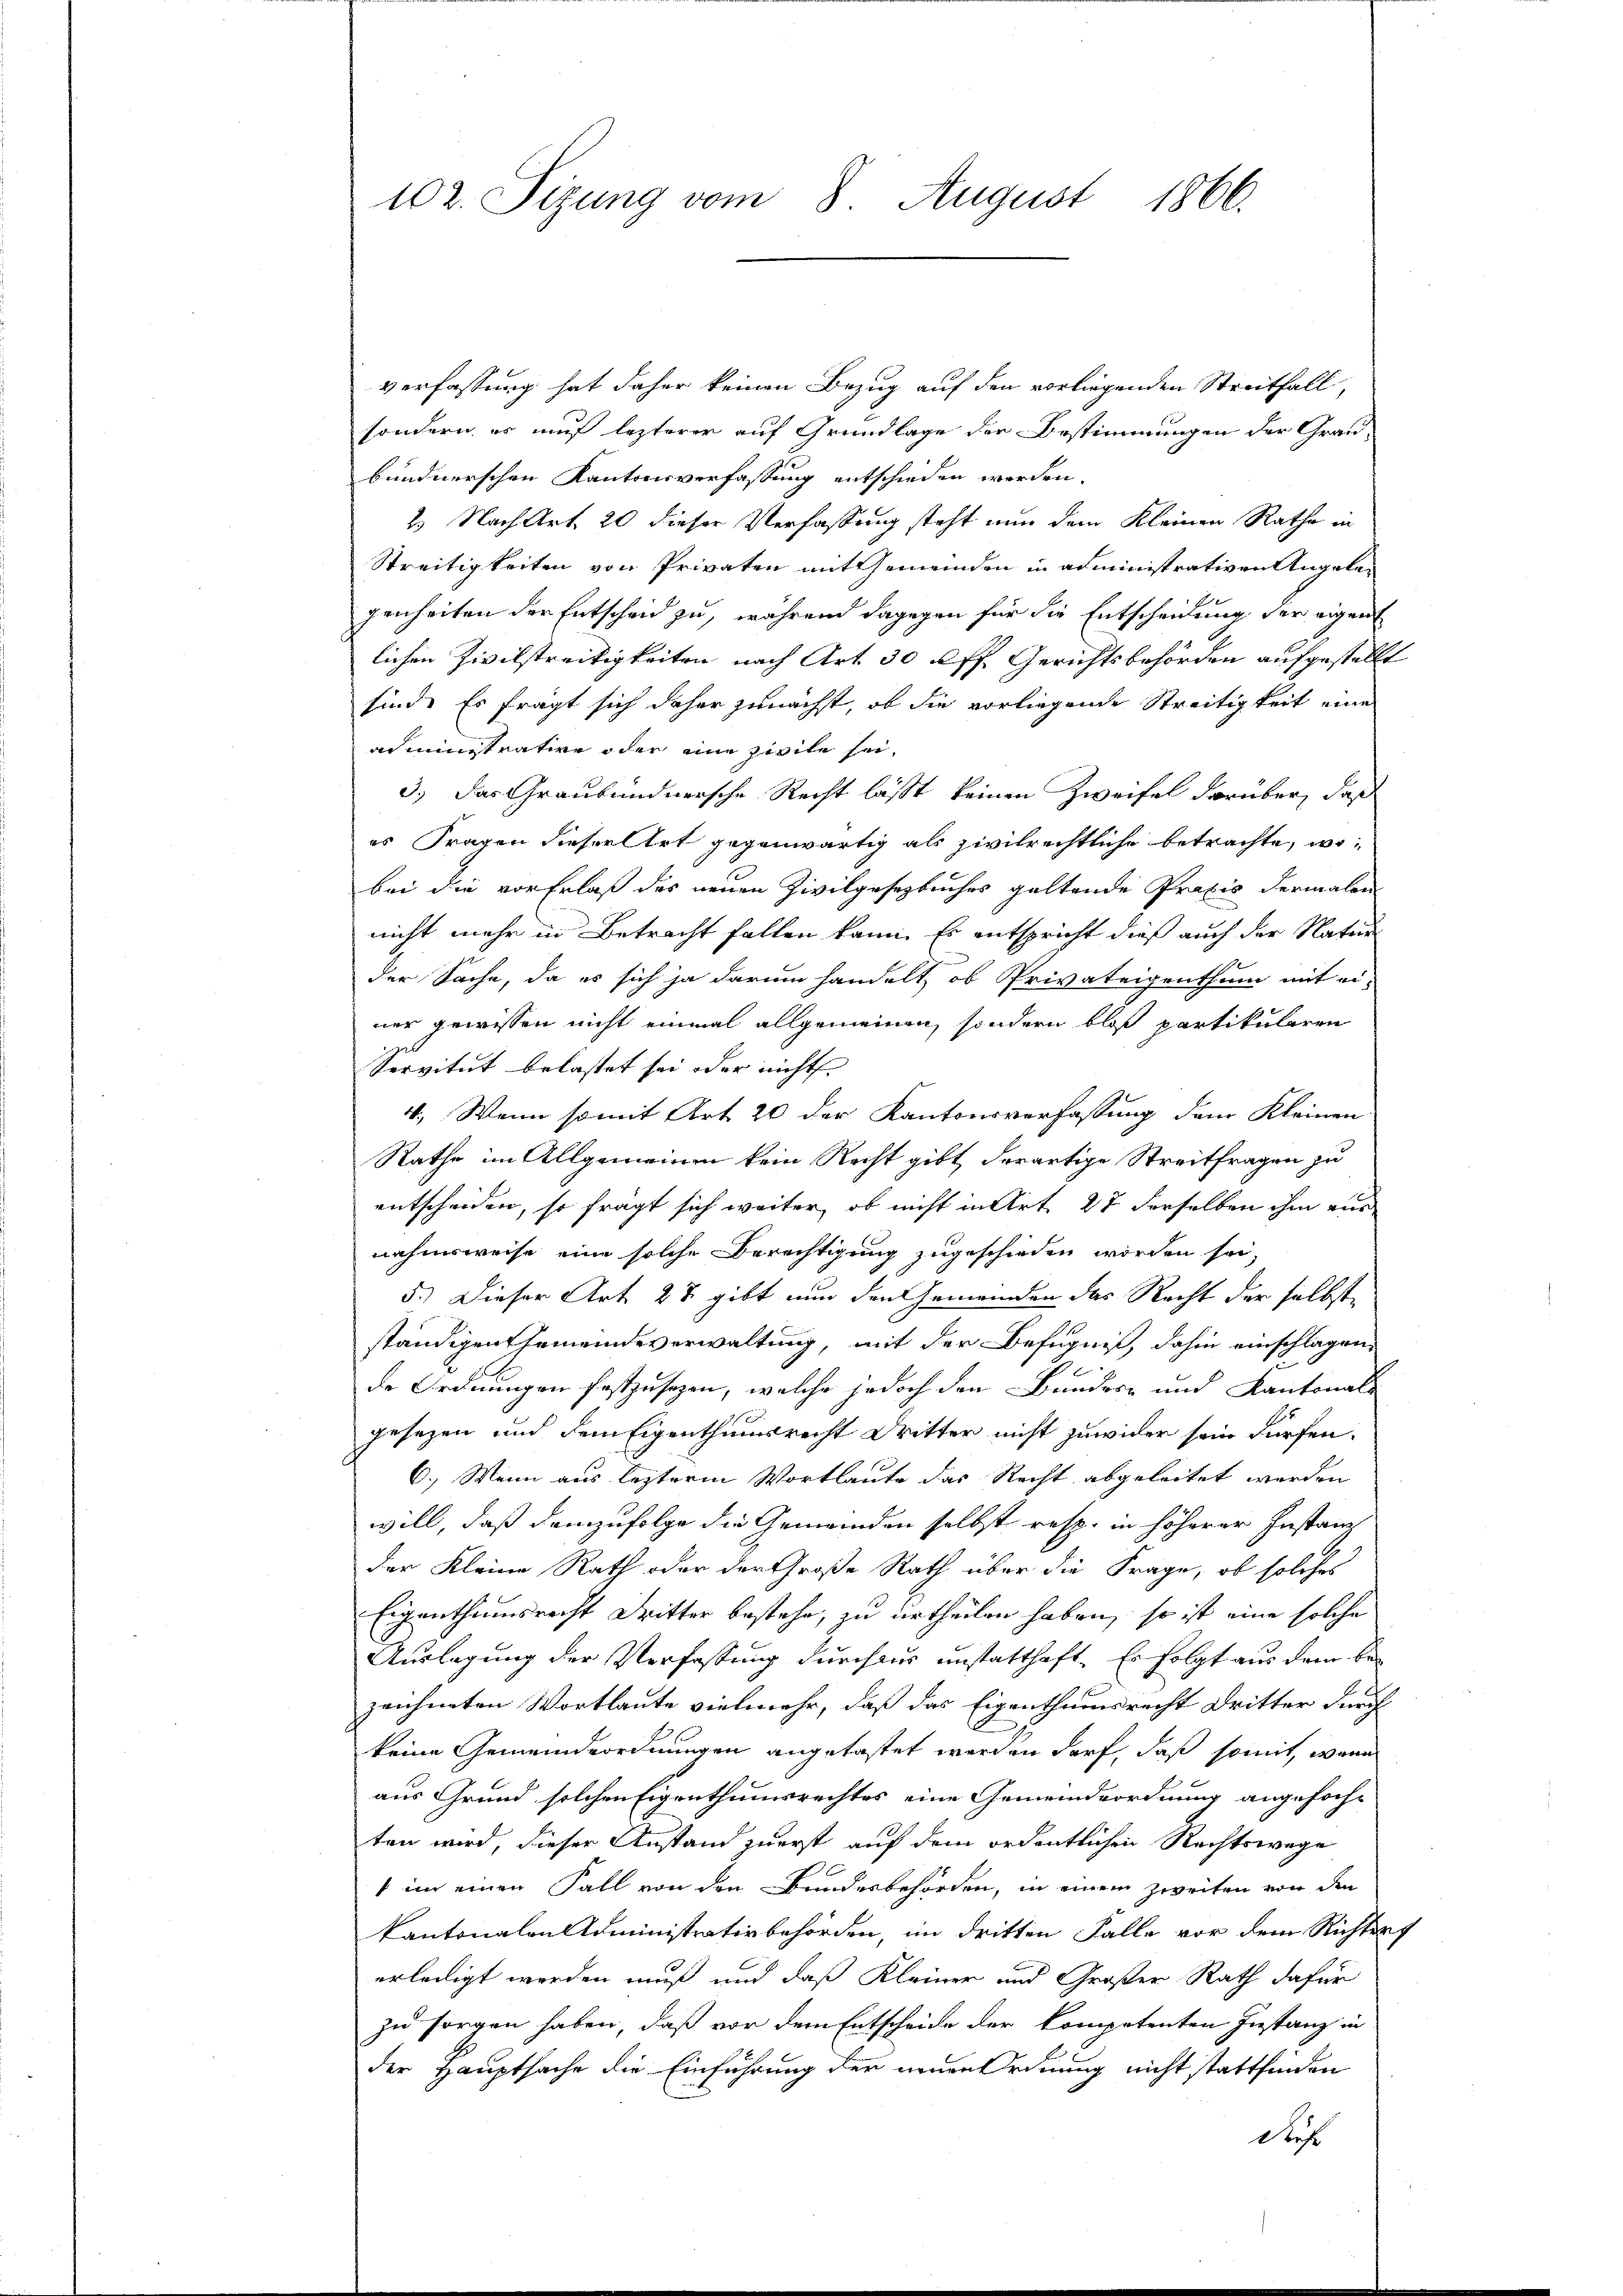
verfassung hat daher keinen Bezug auf den vorliegenden Streitfall,
sondern es auf lezterer auf Grundlage der Bestimmungen der Grau-
bundnerschen Kantonsverfassung entschieden werden.
2) Nach Art. 20 dieser Verfassung steht nun dem Kleinen Rathe in
Streitigkeiten von Privaten mit Gemeinden in administrativen Angelegenheiten der Entscheid zu, während dagegen für die Entscheidung der eigen
lichen Zivilstreitigkeiten nach Art. 30 ff. Gerichtsbehörden aufgestellt
sind. Es fragt sich daher zunächst, ob die vorliegende Streitigkeit eine
administrative oder eine zivile sei,
3.) Das Graubündnersche Recht lässt keinen Zweifel darüber, daß
es Fragen dieser Art gegenwärtig als zivilrechtliche betrachte, wibei die vor Erlaß des neuen Zivilgesezbuches geltende Praxis dermalen
nicht mehr in Betracht fallen kann. Es entspricht dieß auch der Natur
der Sache, da es sich ja darum handelt, ob Privateigenthum mit ei-
ner gewissen nicht einmal allgemeinen, sondern bloß partikularen
Servitut belastet sei oder nicht.
4., Wenn somit Art 20 der Kantonsverfassung dem Kleinen
Rathe im Allgemeinen kein Recht gibt derartige Streitfragen zu
entscheiden, so fragt sich weiter, ob nicht in Art. 27 derselben ihm aus
nahmsweise eine solche Berechtigung zugeschieden worden sei,
5.) Dieser Art 28 gibt nun den Gemeinden das Recht der selbst,
ständigen Gemeindeverwaltung, mit der Befugniß, dahin einschlagen,
de Ordnungen festzusetzen, welche jedoch den Bundes- und Kantonals
gesezen und dem Eigenthumsrecht Dritter nicht zuwider sein dürfen.
6.) Wenn aus lezterm Wortlaute das Recht abgeleitet werden
will, daß demzufolge die Gemeinden selbst resp. in höherer Instanz
der Kleine Rath oder der Große Rath über die Frage, ob solches
Eigenthumsrecht dritter bestehe, zu urtheilen haben, so ist eine solche
Auslagung der Verfassung durchaus unstatthaft. Er folgt aus dem bezeichneten Wortlaute vielmehr, daß das Eigenthumsrecht Dritter durch
keine Gemeindeordnungen angetastet werden darf, daß somit, wenn
aus Grund solchen Eigenthumsrechtes eine Gemeindeordnung angefochten wird, dieser Anstand zuerst auf dem ordentlichen Rechtswege
 im einen Fall von den Bundesbehörden, in einem zweiten von den
kantonalen Administrativbehörden, im dritten Falle vor dem Richtung
erledigt werden muß und daß Kleiner und Großer Rath dafür
zu sorgen haben, daß vor dem Entscheide der kompetenten Instanz in
der Hauptsache die Einführung der angeordnung nicht stattfinden
diese

102. Sizung vom 8. August 1866.